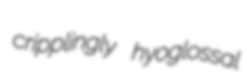
cripplingly hyoglossal